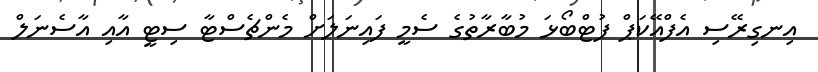
އިނގިރޭސި އެފްއޭކަޕް ފުޓްބޯޅަ މުބާރާތުގެ ސެމީ ފައިނަލަށް މެންޗެސްޓާ ސިޓީ އާއި އާސެނަލް